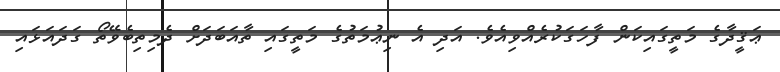
ޢަޤީދާގެ މަތީގައިކަން ފާހަގަކުރެއްވިއެވެ. އަދި އެ ނިޢުމަތުގެ މަތީގައި ތާއަބަދަށް ދެމިތިބެވޭތޯ ގަދައަޅައި